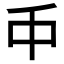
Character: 𠂝